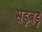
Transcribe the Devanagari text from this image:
सड़बड़